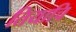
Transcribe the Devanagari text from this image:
तियाचि